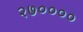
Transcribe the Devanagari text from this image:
२७००००